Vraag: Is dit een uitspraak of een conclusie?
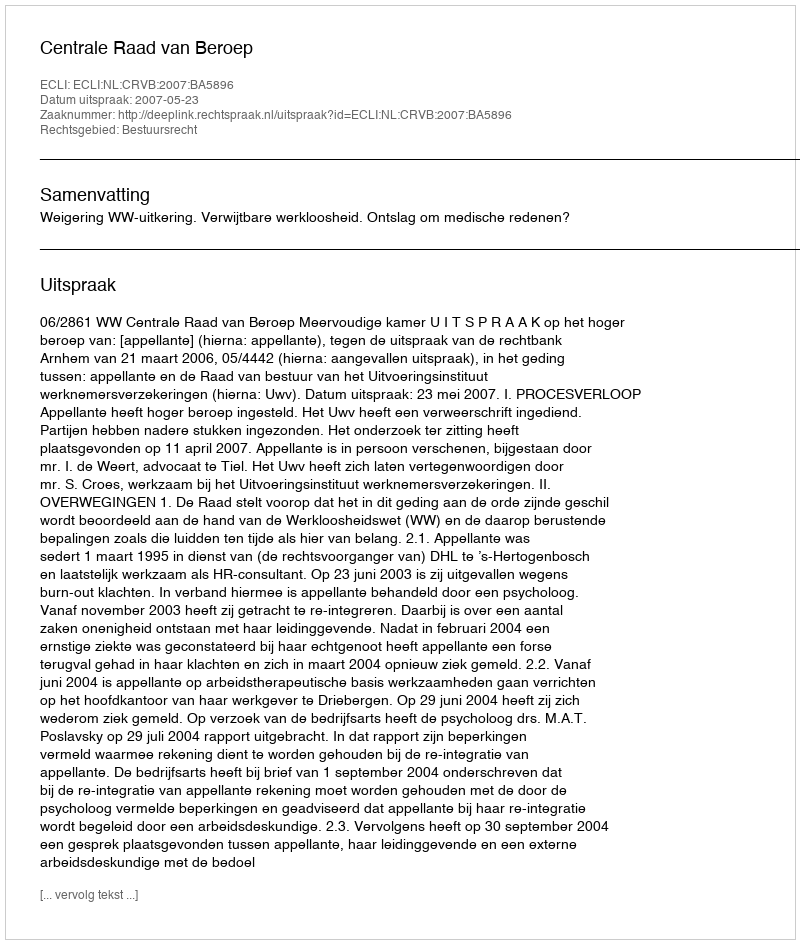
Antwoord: Uitspraak